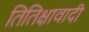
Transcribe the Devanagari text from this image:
तितिक्षावादी